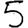
Digit: 5